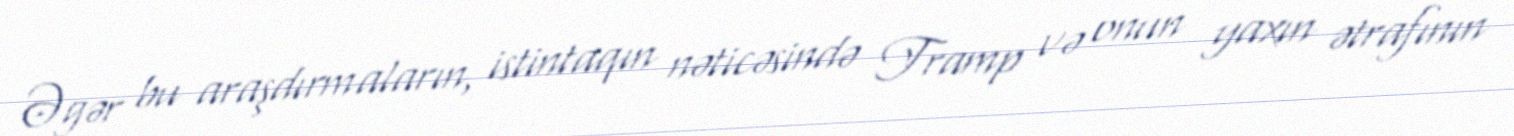
Əgər bu araşdırmaların, istintaqın nəticəsində Tramp və onun yaxın ətrafının